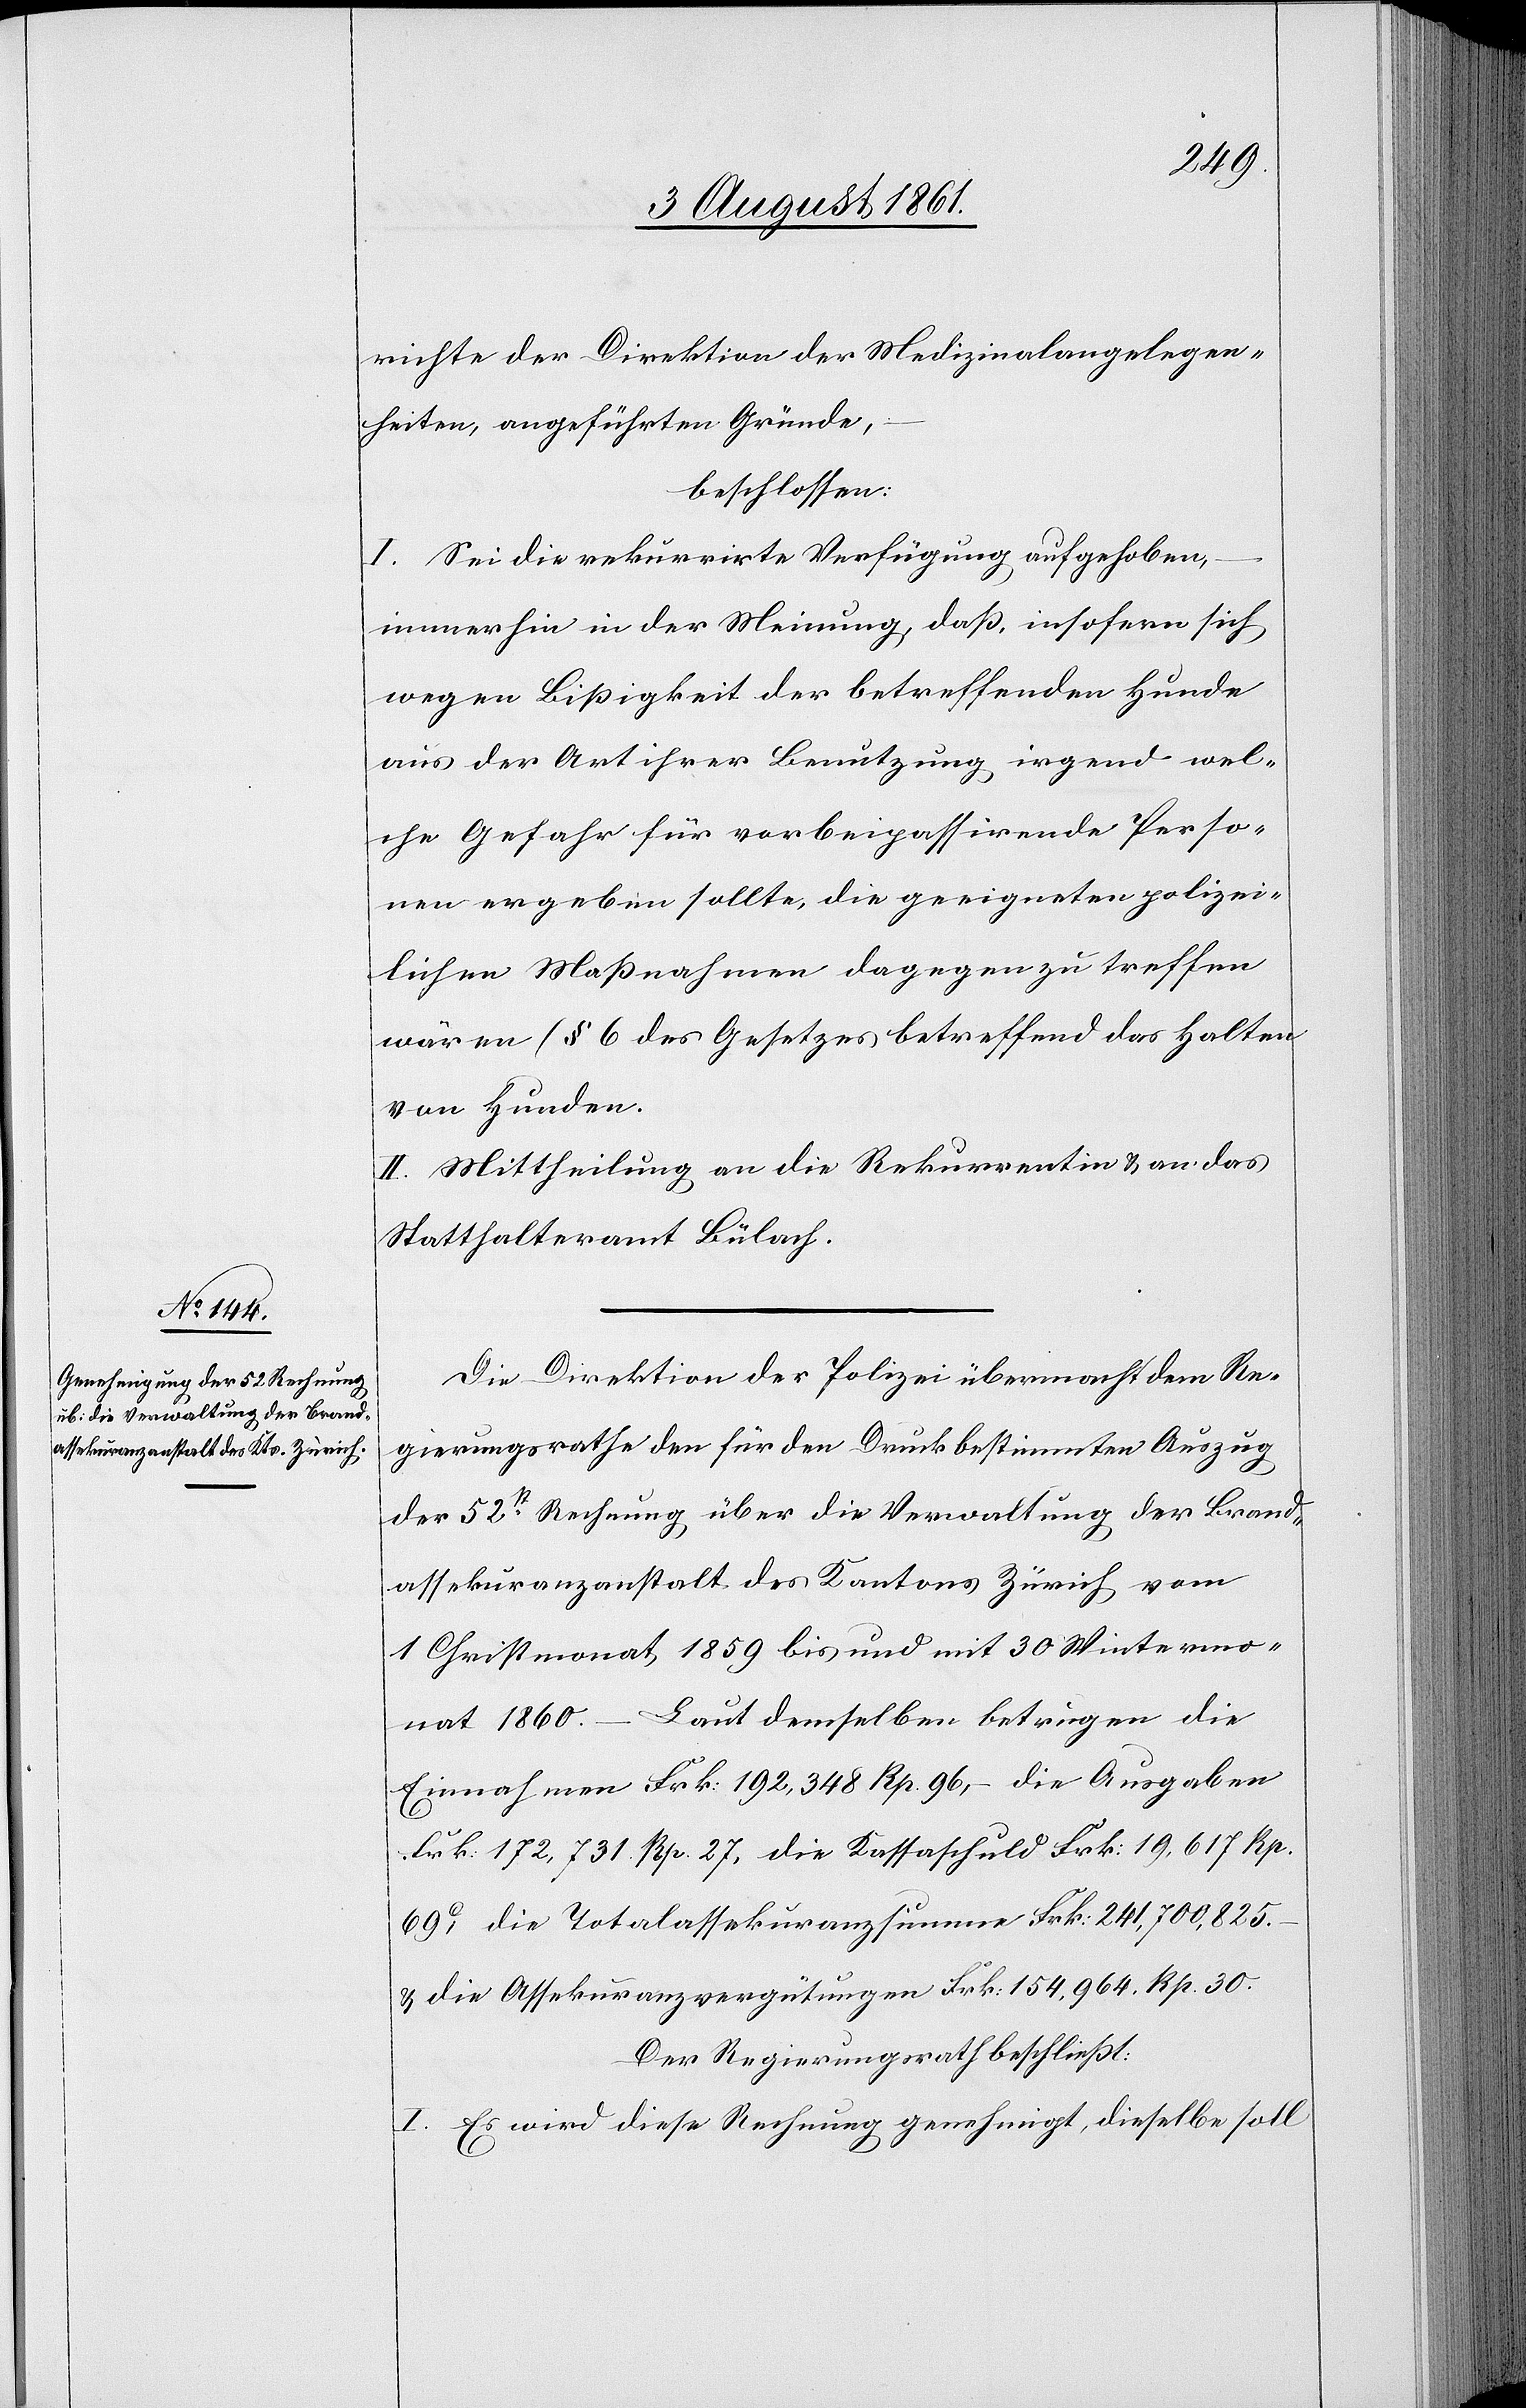
richte der Direktion der Medizinalangelegen¬
heiten, angeführten Gründe,
beschlossen:
I. Sei die rekurrirte Verfügung aufgehoben,
immerhin in der Meinung, daß, insofern sich
wegen Bißigkeit der betreffenden Hunde
aus der Art ihrer Benutzung irgend wel¬
che Gefahr für vorbeipassirende Perso¬
nen ergeben sollte, die geeigneten polizei¬
lichen Maßnahmen dagegen zu treffen
wären (§ 6 des Gesetzes betreffend das Halten
von Hunden.[)]
II. Mittheilung an die Rekurrentin u. an das
Statthalteramt Bülach.
Die Direktion der Polizei übermacht dem Re¬
gierungsrathe den für den Druck bestimmten Auszug
der 52st Rechnung über die Verwaltung der Brand¬
assekuranzanstalt des Kantons Zürich vom
1 Christmonat 1859 bis und mit 30 Wintermo¬
nat 1860. – Laut demselben betrugen die
Einnahmen Frk. 192,348 Rp. 96, – die Ausgaben
Frk. 172,731 Rp. 27, die Kassaschuld Frk. 19,617 Rp.
69c, die Totalassekuranzsumme Frk. 241,700,825.–
u. die Assekuranzvergütungen Frk. 154,964 Rp. 30.
Der Regierungsrath beschließt:
I. Es wird diese Rechnung genehmigt, dieselbe soll